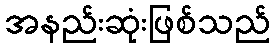
အနည်းဆုံးဖြစ်သည်